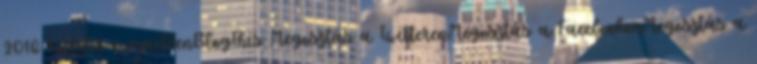
2016 Küldés e-mailbenBlogThis Megosztás a TwitterenMegosztás a FacebookonMegosztás a